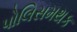
પોલિસમથક